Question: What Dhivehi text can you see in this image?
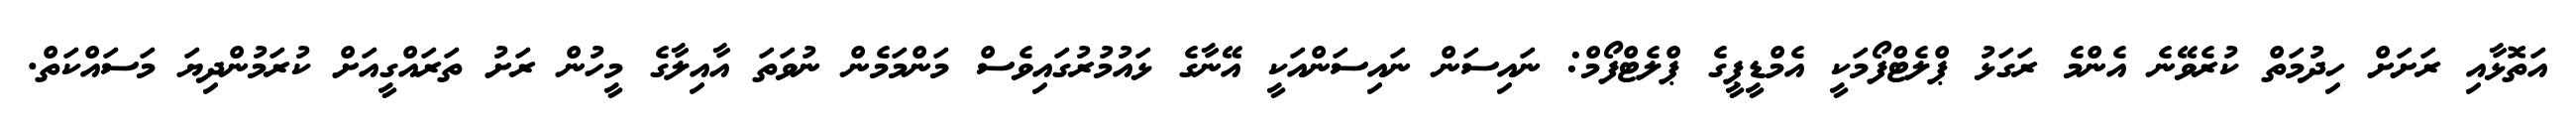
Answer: އަތޮޅާއި ރަށަށް ހިދުމަތް ކުރެވޭނެ އެންމެ ރަގަޅު ޕްލެޓްފޯމަކީ އެމްޑީޕީގެ ޕްލެޓްފޯމް: ނައިސަން ނައިސަންއަކީ އޭނާގެ ޅައުމުރުގައިވެސް މަންމަމެން ނުވަތަ އާއިލާގެ މީހުން ރަށު ތަރައްގީއަށް ކުރަމުންދިޔަ މަސައްކަތް.